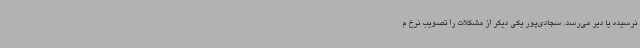
نرسیده یا دیر می‌رسد. سجادی‌پور یکی دیگر از مشکلات را تصویب نرخ م